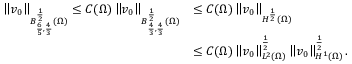
\begin{array} { r l } { \left\lVert v _ { 0 } \right\rVert _ { B _ { \frac 6 5 , \frac 4 3 } ^ { \frac 1 2 } ( \Omega ) } \le C ( \Omega ) \left\lVert v _ { 0 } \right\rVert _ { B _ { \frac 4 3 , \frac 4 3 } ^ { \frac 1 2 } ( \Omega ) } } & { \le C ( \Omega ) \left\lVert v _ { 0 } \right\rVert _ { H ^ { \frac 1 2 } ( \Omega ) } } \\ & { \le C ( \Omega ) \left\lVert v _ { 0 } \right\rVert _ { L ^ { 2 } ( \Omega ) } ^ { \frac 1 2 } \left\lVert v _ { 0 } \right\rVert _ { H ^ { 1 } ( \Omega ) } ^ { \frac 1 2 } . } \end{array}